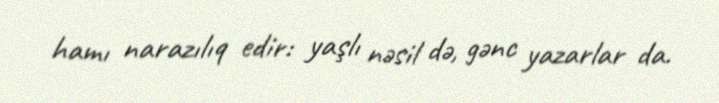
hamı narazılıq edir: yaşlı nəsil də, gənc yazarlar da.